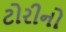
ટોરીનો